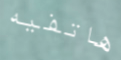
هاتفيه